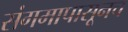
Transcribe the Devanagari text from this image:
संगमापासूनच